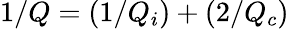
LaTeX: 1/Q=(1/Q_{i})+(2/Q_{c})